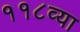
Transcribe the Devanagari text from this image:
११८व्या